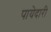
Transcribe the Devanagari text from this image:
पायेदारी